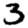
Digit: 3